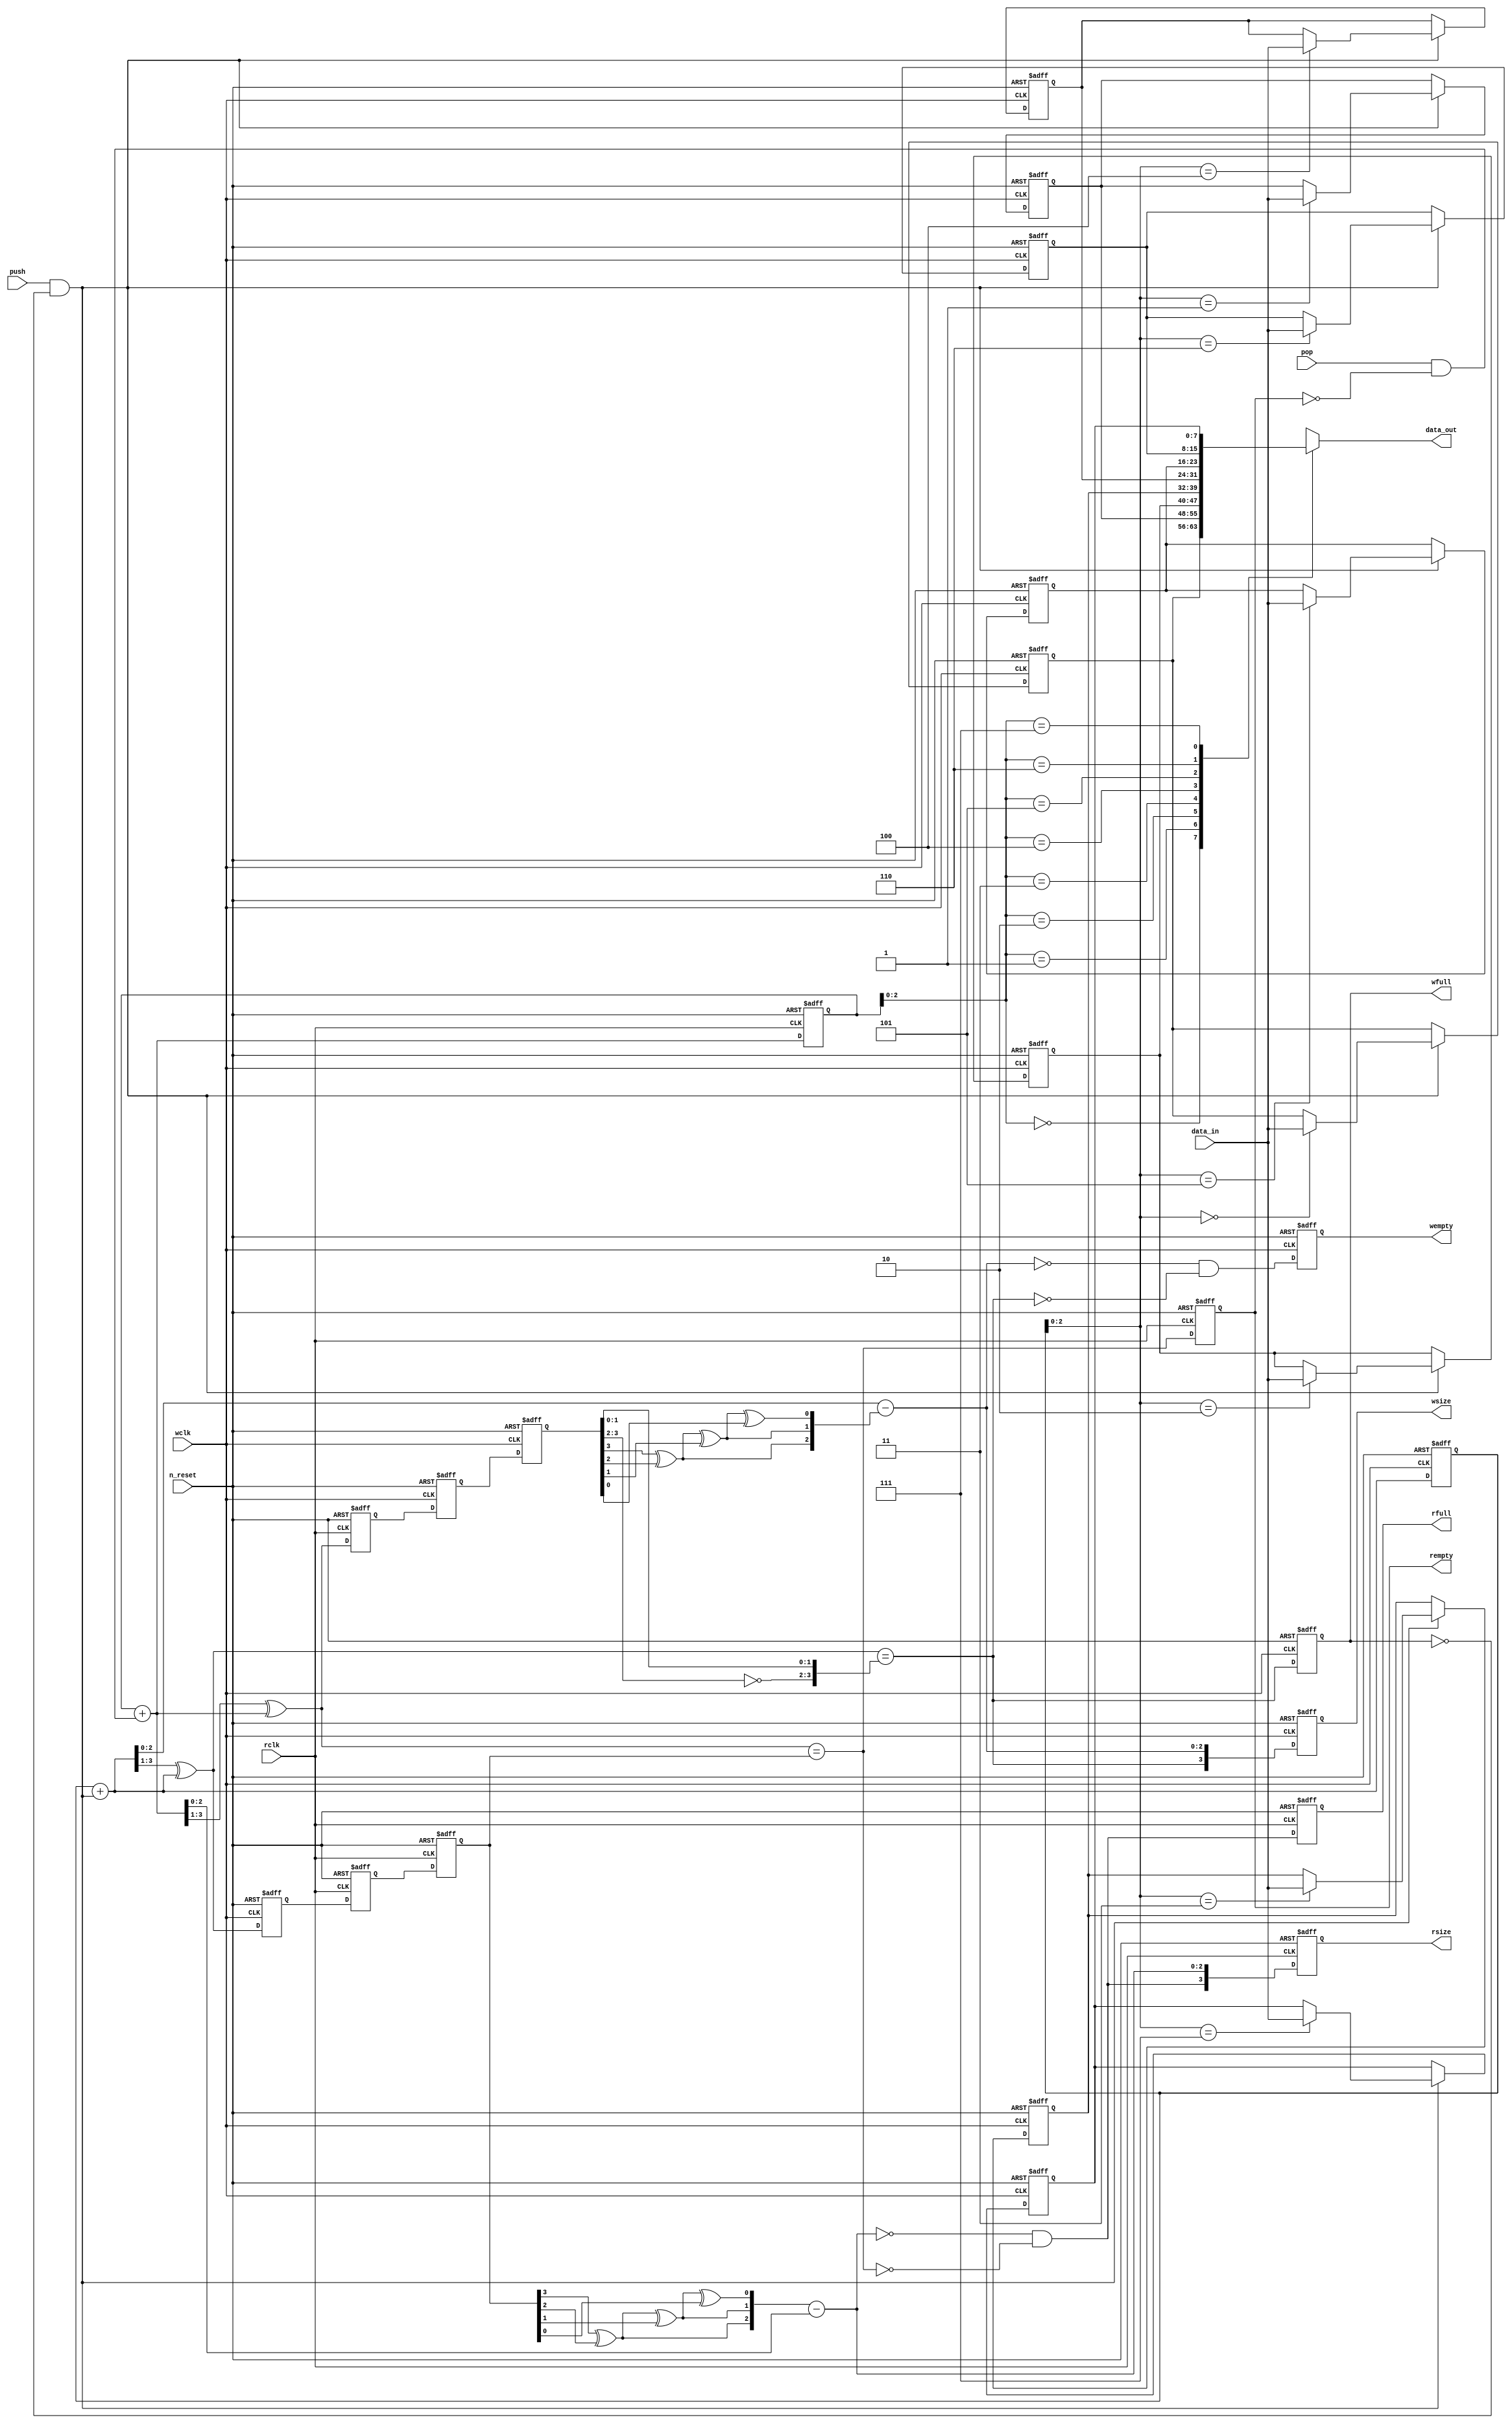
//
// Copyright 2022 FRAUNHOFER INSTITUTE OF MICROELECTRONIC CIRCUITS AND SYSTEMS (IMS), DUISBURG, GERMANY.
// --- All rights reserved --- 
// SPDX-License-Identifier: Apache-2.0 WITH SHL-2.1
// Licensed under the Solderpad Hardware License v 2.1 (the "License");
// you may not use this file except in compliance with the License, or, at your option, the Apache License version 2.0.
// You may obtain a copy of the License at
// https://solderpad.org/licenses/SHL-2.1/
// Unless required by applicable law or agreed to in writing, any work distributed under the License is distributed on an "AS IS" BASIS,
// WITHOUT WARRANTIES OR CONDITIONS OF ANY KIND, either express or implied.
// See the License for the specific language governing permissions and limitations under the License.
//

module airi5c_spi_async_fifo
#(
    parameter                       ADDR_WIDTH  = 3,
    parameter                       DATA_WIDTH  = 8
)
(
    input                           n_reset,

    // write clock domain
    input                           wclk,
    input                           push,
    input       [DATA_WIDTH-1:0]    data_in,
    output  reg                     wfull,
    output  reg                     wempty,
    output  reg [ADDR_WIDTH:0]      wsize,

    // read clock domain
    input                           rclk,
    input                           pop,
    output      [DATA_WIDTH-1:0]    data_out,
    output  reg                     rfull,
    output  reg                     rempty,
    output  reg [ADDR_WIDTH:0]      rsize
);

    // when delta = wptr - rptr = 0, the fifo size could be min (empty) or max (full), the full flag is evaluated to check which case occurred
    // when the fifo gets full, there will always be a carry to the most significant size bit and all other bits will be 0
    // therefore the full flag is used as the most significant size bit
    // due to metastability, the counters need to be gray encoded when crossing clock domains, so only one bit changes at a time
    // the couters also need an additional bit to detect address wrap around

    reg         [DATA_WIDTH-1:0]    data[2**ADDR_WIDTH-1:0];

    // write clock domain signals
    reg         [ADDR_WIDTH:0]      wcnt_bin;               // write counter
    reg         [ADDR_WIDTH:0]      wcnt_gray;              // write counter gray encoded
    reg         [ADDR_WIDTH:0]      w_rcnt_gray_metastable;
    reg         [ADDR_WIDTH:0]      w_rcnt_gray;            // read counter gray encoded (synchronized into write clock domain)
    wire        [ADDR_WIDTH:0]      w_rcnt_bin;             // read counter

    wire        [ADDR_WIDTH-1:0]    wptr                    = wcnt_bin[ADDR_WIDTH-1:0];
    wire        [ADDR_WIDTH-1:0]    w_rptr                  = w_rcnt_bin[ADDR_WIDTH-1:0];
    wire        [ADDR_WIDTH:0]      wcnt_bin_next           = wcnt_bin + (push && !wfull);
    wire        [ADDR_WIDTH:0]      wcnt_gray_next          = (wcnt_bin_next >> 1) ^ wcnt_bin_next; // convert binary to gray code
    wire        [ADDR_WIDTH-1:0]    wdelta                  = wcnt_bin_next[ADDR_WIDTH-1:0] - w_rptr;
    wire                            wfull_next              = wcnt_gray_next == {~w_rcnt_gray[ADDR_WIDTH:ADDR_WIDTH-1], w_rcnt_gray[ADDR_WIDTH-2:0]};
    wire                            wempty_next             = wdelta == 0 && !wfull_next;
    wire        [ADDR_WIDTH:0]      wsize_next              = {wfull_next, wdelta};

    // read clock domain signals
    reg         [ADDR_WIDTH:0]      rcnt_bin;               // read counter
    reg         [ADDR_WIDTH:0]      rcnt_gray;              // read counter gray encoded
    reg         [ADDR_WIDTH:0]      r_wcnt_gray_metastable;
    reg         [ADDR_WIDTH:0]      r_wcnt_gray;            // write counter gray encoded (synchronized into read clock domain)
    wire        [ADDR_WIDTH:0]      r_wcnt_bin;             // write counter

    wire        [ADDR_WIDTH-1:0]    rptr                    = rcnt_bin[ADDR_WIDTH-1:0];
    wire        [ADDR_WIDTH-1:0]    r_wptr                  = r_wcnt_bin[ADDR_WIDTH-1:0];
    wire        [ADDR_WIDTH:0]      rcnt_bin_next           = rcnt_bin + (pop && !rempty);
    wire        [ADDR_WIDTH:0]      rcnt_gray_next          = (rcnt_bin_next >> 1) ^ rcnt_bin_next; // convert binary to gray code
    wire        [ADDR_WIDTH-1:0]    rdelta                  = r_wptr - rcnt_bin_next[ADDR_WIDTH-1:0];
    wire                            rempty_next             = rcnt_gray_next == r_wcnt_gray;
    wire                            rfull_next              = rdelta == 0 && !rempty_next;
    wire        [ADDR_WIDTH:0]      rsize_next              = {rfull_next, rdelta};

    assign                          data_out                = data[rptr];

    integer                         i;
    genvar                          j;

    // convert gray code back to binary (needed to calculate size in the respective clock domain)
    assign                          w_rcnt_bin[ADDR_WIDTH]  = w_rcnt_gray[ADDR_WIDTH];
    assign                          r_wcnt_bin[ADDR_WIDTH]  = r_wcnt_gray[ADDR_WIDTH];

    generate
        for (j = ADDR_WIDTH-1; j >= 0 ; j = j-1) begin
            assign w_rcnt_bin[j] = w_rcnt_bin[j+1] ^ w_rcnt_gray[j];
            assign r_wcnt_bin[j] = r_wcnt_bin[j+1] ^ r_wcnt_gray[j];
        end
    endgenerate

    // write clock domain
    always @(posedge wclk, negedge n_reset) begin
        if (!n_reset) begin
            w_rcnt_gray_metastable  <= 1'b0;
            w_rcnt_gray             <= 1'b0;
            wcnt_bin                <= 1'b0;
            wcnt_gray               <= 1'b0;
            wfull                   <= 1'b0;
            wempty                  <= 1'b1;
            wsize                   <= 0;

            for (i = 0; i < 2**ADDR_WIDTH; i = i + 1)
                data[i]             <= 0;
        end

        else begin
             // cross clock domains
            w_rcnt_gray_metastable  <= rcnt_gray;
            w_rcnt_gray             <= w_rcnt_gray_metastable;
            wcnt_bin                <= wcnt_bin_next;
            wcnt_gray               <= wcnt_gray_next;
            wfull                   <= wfull_next;
            wempty                  <= wempty_next;
            wsize                   <= wsize_next;

            if (push && !wfull)
                data[wptr]          <= data_in;
        end
    end

    // read clock domain
    always @(posedge rclk, negedge n_reset) begin
        if (!n_reset) begin
            r_wcnt_gray_metastable  <= 1'b0;
            r_wcnt_gray             <= 1'b0;
            rcnt_bin                <= 1'b0;
            rcnt_gray               <= 1'b0;
            rempty                  <= 1'b1;
            rfull                   <= 1'b0;
            rsize                   <= 0;
        end

        else begin
            // cross clock domains
            r_wcnt_gray_metastable  <= wcnt_gray;
            r_wcnt_gray             <= r_wcnt_gray_metastable;
            rcnt_bin                <= rcnt_bin_next;
            rcnt_gray               <= rcnt_gray_next;
            rempty                  <= rempty_next;
            rfull                   <= rfull_next;
            rsize                   <= rsize_next;
        end
    end

endmodule